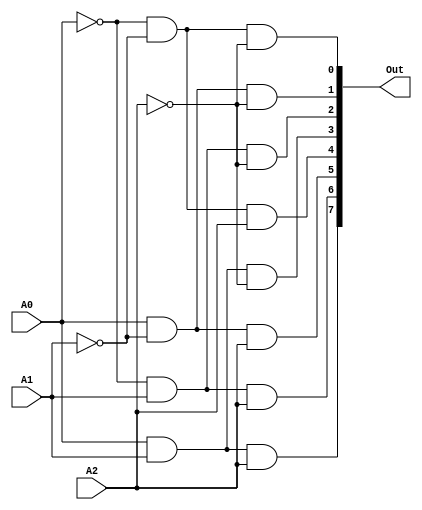
`timescale 1ns / 1ps
//////////////////////////////////////////////////////////////////////////////////
// Company: 
// 
// Design Name: 
// Module Name: ALU32
// Project Name: 
// Target Devices: 
// Tool Versions: 
// Description: 
// 
// Dependencies: 
// 
// Revision:
// Revision 0.01 - File Created
// Additional Comments:
// 
//////////////////////////////////////////////////////////////////////////////////

// 3-8
module G_Decoder32(
        input wire A0,
        input wire A1,
        input wire A2,
        output wire [7:0] Out
    );

    wire A0Not,A1Not,A2Not;

    // Calculate ~A

    not notA0 (A0Not,A0);
    not notA1 (A1Not,A1);
    not notA2 (A2Not,A2);

    // Calculate Out

    and and0  (Out[0],A0Not,A1Not,A2Not);
    and and1  (Out[1],A0,A1Not,A2Not);
    and and2  (Out[2],A0Not,A1,A2Not);
    and and3  (Out[3],A0,A1,A2Not);
    and and4  (Out[4],A0Not,A1Not,A2);
    and and5  (Out[5],A0,A1Not,A2);
    and and6  (Out[6],A0Not,A1,A2);
    and and7  (Out[7],A0,A1,A2);

endmodule